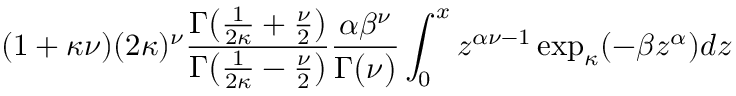
( 1 + \kappa \nu ) ( 2 \kappa ) ^ { \nu } { \frac { \Gamma { \big ( } { \frac { 1 } { 2 \kappa } } + { \frac { \nu } { 2 } } { \big ) } } { \Gamma { \big ( } { \frac { 1 } { 2 \kappa } } - { \frac { \nu } { 2 } } { \big ) } } } { \frac { \alpha \beta ^ { \nu } } { \Gamma { \big ( } \nu { \big ) } } } \int _ { 0 } ^ { x } z ^ { \alpha \nu - 1 } \exp _ { \kappa } ( - \beta z ^ { \alpha } ) d z